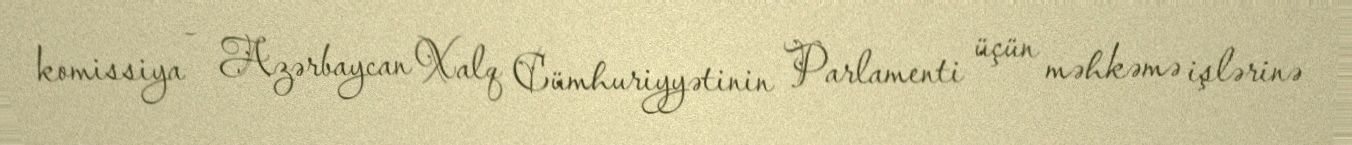
komissiya - Azərbaycan Xalq Cümhuriyyətinin Parlamenti üçün məhkəmə işlərinə